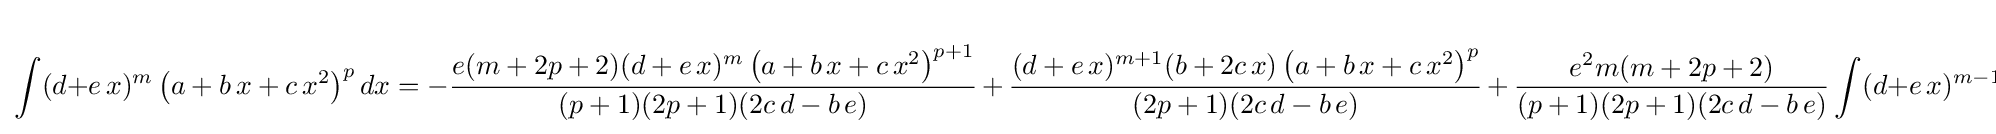
\int (d+e\,x)^{m}\left(a+b\,x+c\,x^{2}\right)^{p}dx=-{\frac {e(m+2p+2)(d+e\,x)^{m}\left(a+b\,x+c\,x^{2}\right)^{p+1}}{(p+1)(2p+1)(2c\,d-b\,e)}}\,+\,{\frac {(d+e\,x)^{m+1}(b+2c\,x)\left(a+b\,x+c\,x^{2}\right)^{p}}{(2p+1)(2c\,d-b\,e)}}\,+\,{\frac {e^{2}m(m+2p+2)}{(p+1)(2p+1)(2c\,d-b\,e)}}\int (d+e\,x)^{m-1}\left(a+b\,x+c\,x^{2}\right)^{p+1}dx